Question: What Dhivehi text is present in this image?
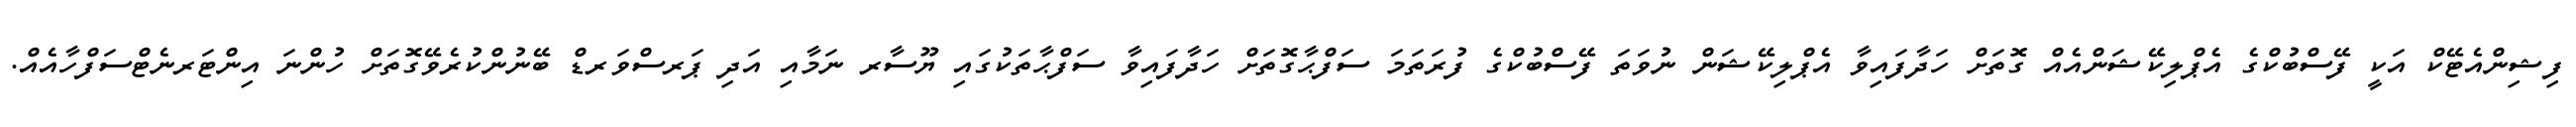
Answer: ފިޝިންއެޓޭކް އަކީ ފޭސްބުކްގެ އެޕްލިކޭޝަންއެއް ގޮތަށް ހަދާފައިވާ އެޕްލިކޭޝަން ނުވަތަ ފޭސްބުކްގެ ފުރަތަމަ ސަފްޙާގޮތަށް ހަދާފައިވާ ސަފްޙާތަކުގައި ޔޫސާރ ނަމާއި އަދި ޕަރސްވަރޑް ބޭނުންކުރެވޭގޮތަށް ހުންނަ އިންޓަރނެޓްސަފްހާއެއް.